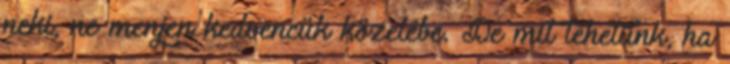
neki, ne menjen kedvencük közelébe. De mit tehetünk, ha